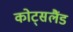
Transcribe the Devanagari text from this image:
कोट्सलैंड